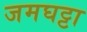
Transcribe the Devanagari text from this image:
जमघट्टा